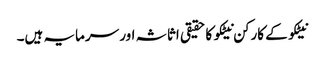
نیٹکو کے کارکن نیٹکو کا حقیقی اثاثہ اور سرمایہ ہیں۔